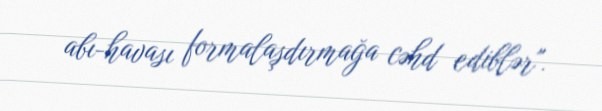
abı-havası formalaşdırmağa cəhd ediblər".